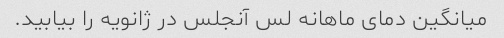
میانگین دمای ماهانه لس آنجلس در ژانویه را بیابید.